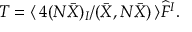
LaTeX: T = \langle \, 4 ( N \bar { X } ) _ { I } / ( \bar { X } , N \bar { X } ) \, \rangle \widehat { F } ^ { I } .